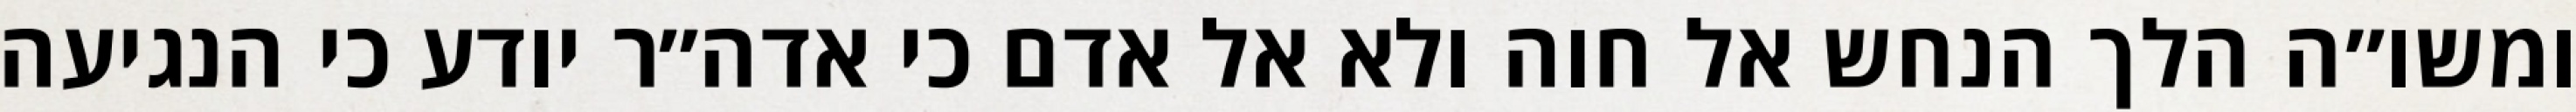
ומשו״ה הלך הנחש אל חוה ולא אל אדם כי אדה״ר יודע כי הנגיעה